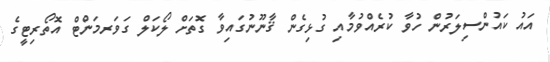
އައު ކައުންސިލަރުން ހުވާ ކުރެއްވުމާއި ގުޅިގެން ޤާނޫނުގައިވާ ގޮތަށް ލޯކަލް ގަވަރމަންޓް އޮތޯރިޓީގެ